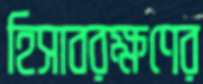
হিসাবরক্ষণের